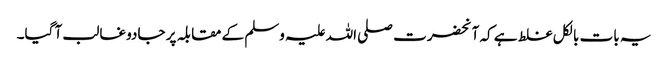
یہ بات بالکل غلط ہے کہ آنحضرت صلی اللہ علیہ وسلم کے مقابلہ پر جادو غالب آ گیا۔